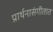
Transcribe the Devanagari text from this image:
प्रार्थनासंगीतात